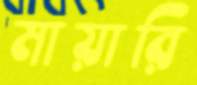
মায়ারি